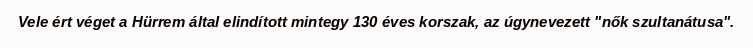
Vele ért véget a Hürrem által elindított mintegy 130 éves korszak, az úgynevezett "nők szultanátusa".